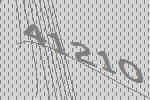
41210